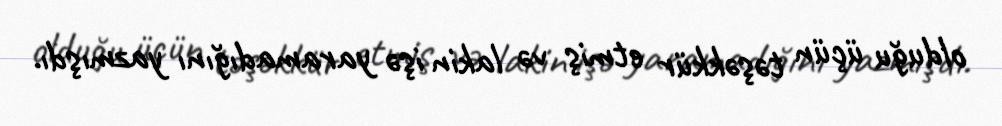
olduğu üçün təşəkkür etmiş və lakin işə yaramadığını yazmışdı.